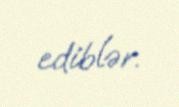
ediblər.